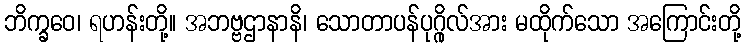
ဘိက္ခဝေ၊ ရဟန်းတို့။ အဘဗ္ဗဌာနာနိ၊ သောတာပန်ပုဂ္ဂိုလ်အား မထိုက်သော အကြောင်းတို့